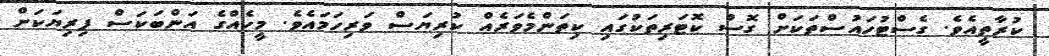
ކުރާތީއެވެ. ގެސްޓުހައުސްތަކަށް ގޮސް ކޮޓަރިތަކުގައި ކިތަންމެވަރެއް ކުރިޔަސް ވަރިހަމައެވެ. މީހެއްގެ އަންބަކަސް ފިރިޔަކަށް